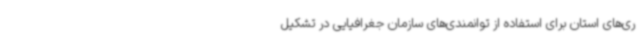
ری‌های استان برای استفاده از توانمندی‌های سازمان جغرافیایی در تشکیل